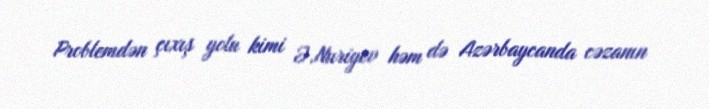
Problemdən çıxış yolu kimi Ə.Nuriyev həm də Azərbaycanda cəzanın